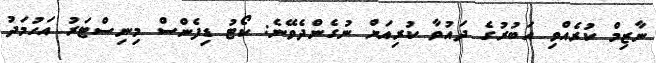
ނާޒިމް ކުރެއްވި އަބުރުގެ ދައުވާ ކުރިއަށް ނުގެންދެވޭނެ: ކޯޓު ޑިފެންސް މިނިސްޓަރު އަހުމަދު